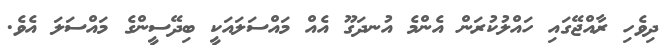
ދިވެހި ރާއްޖޭގައި ހައްލުކުރަން އެންމެ އުނދަގޫ އެއް މައްސަލައަކީ ބިދޭސީންގެ މައްސަލަ އެވެ.